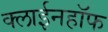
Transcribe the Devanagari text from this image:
क्लाईनहॉफ